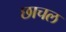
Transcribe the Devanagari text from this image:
छाचल